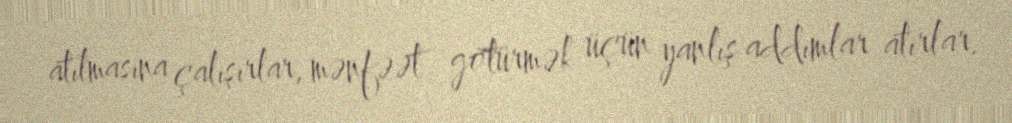
atılmasına çalışırlar, mənfəət götürmək üçün yanlış addımlar atırlar.